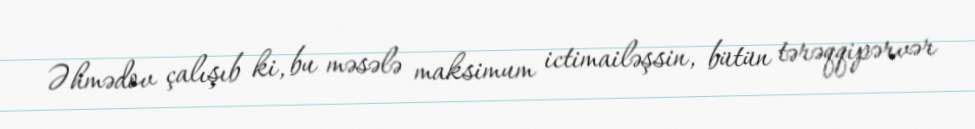
Əhmədov çalışıb ki, bu məsələ maksimum ictimailəşsin, bütün tərəqqipərvər